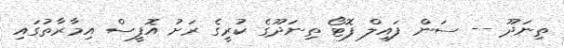
ތިނަދޫ -- ސަން ފައިލް ފޮޓޯ ތިނަދޫގެ ކުރީގެ ރަށު އޮފީސް އިމާރާތުގައި